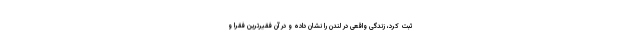
ثبت کرد، زندگی واقعی در لندن را نشان داده و در آن فقیرترین فقرا و